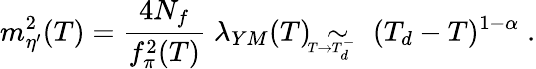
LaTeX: m_{\eta^{\prime}}^{2}(T)=\frac{4N_{f}}{f_{\pi}^{2}(T)}\; \lambda_{YM}(T)\; \sim_{\! \! \! \! \! \! \! \! \! _{T\rightarrow T_{d}^{-}}}\; (T_{d}-T)^{1-\alpha}\; .